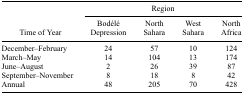
<table><thead><tr><td></td><td colspan="5"><b>Region</b></td></tr><tr><td><b>Time of Year</b></td><td><b>Bodélé Depression</b></td><td><b>North Sahara</b></td><td><b>West Sahara</b></td><td><b>North Africa</b></td></tr></thead><tbody><tr><td>December–February</td><td>24</td><td>57</td><td>10</td><td>124</td></tr><tr><td>March–May</td><td>14</td><td>104</td><td>13</td><td>174</td></tr><tr><td>June–August</td><td>2</td><td>26</td><td>39</td><td>87</td></tr><tr><td>September–November</td><td>8</td><td>18</td><td>8</td><td>42</td></tr><tr><td>Annual</td><td>48</td><td>205</td><td>70</td><td>428</td></tr></tbody></table>